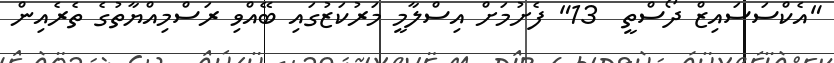
"އެކްސަސައިޒް ދޯސްތީ  13" ފެށުމަށް އިސްލާމީ މަރުކަޒުގައި ބޭއްވި ރަސްމިއްޔާތުގެ ތެރެއިން